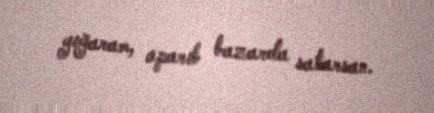
yığaram, aparıb bazarda satarsan.